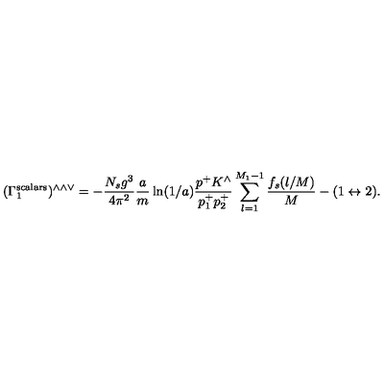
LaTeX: ( \Gamma _ { 1 } ^ { \mathrm { s c a l a r s } } ) ^ { \wedge \wedge \vee } = - \frac { N _ { s } g ^ { 3 } } { 4 \pi ^ { 2 } } \frac { a } { m } \ln ( 1 / a ) \frac { p ^ { + } K ^ { \wedge } } { p _ { 1 } ^ { + } p _ { 2 } ^ { + } } \sum _ { l = 1 } ^ { M _ { 1 } - 1 } \frac { f _ { s } ( l / M ) } { M } - ( 1 \leftrightarrow 2 ) .